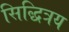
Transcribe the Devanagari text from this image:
सिद्धित्रय